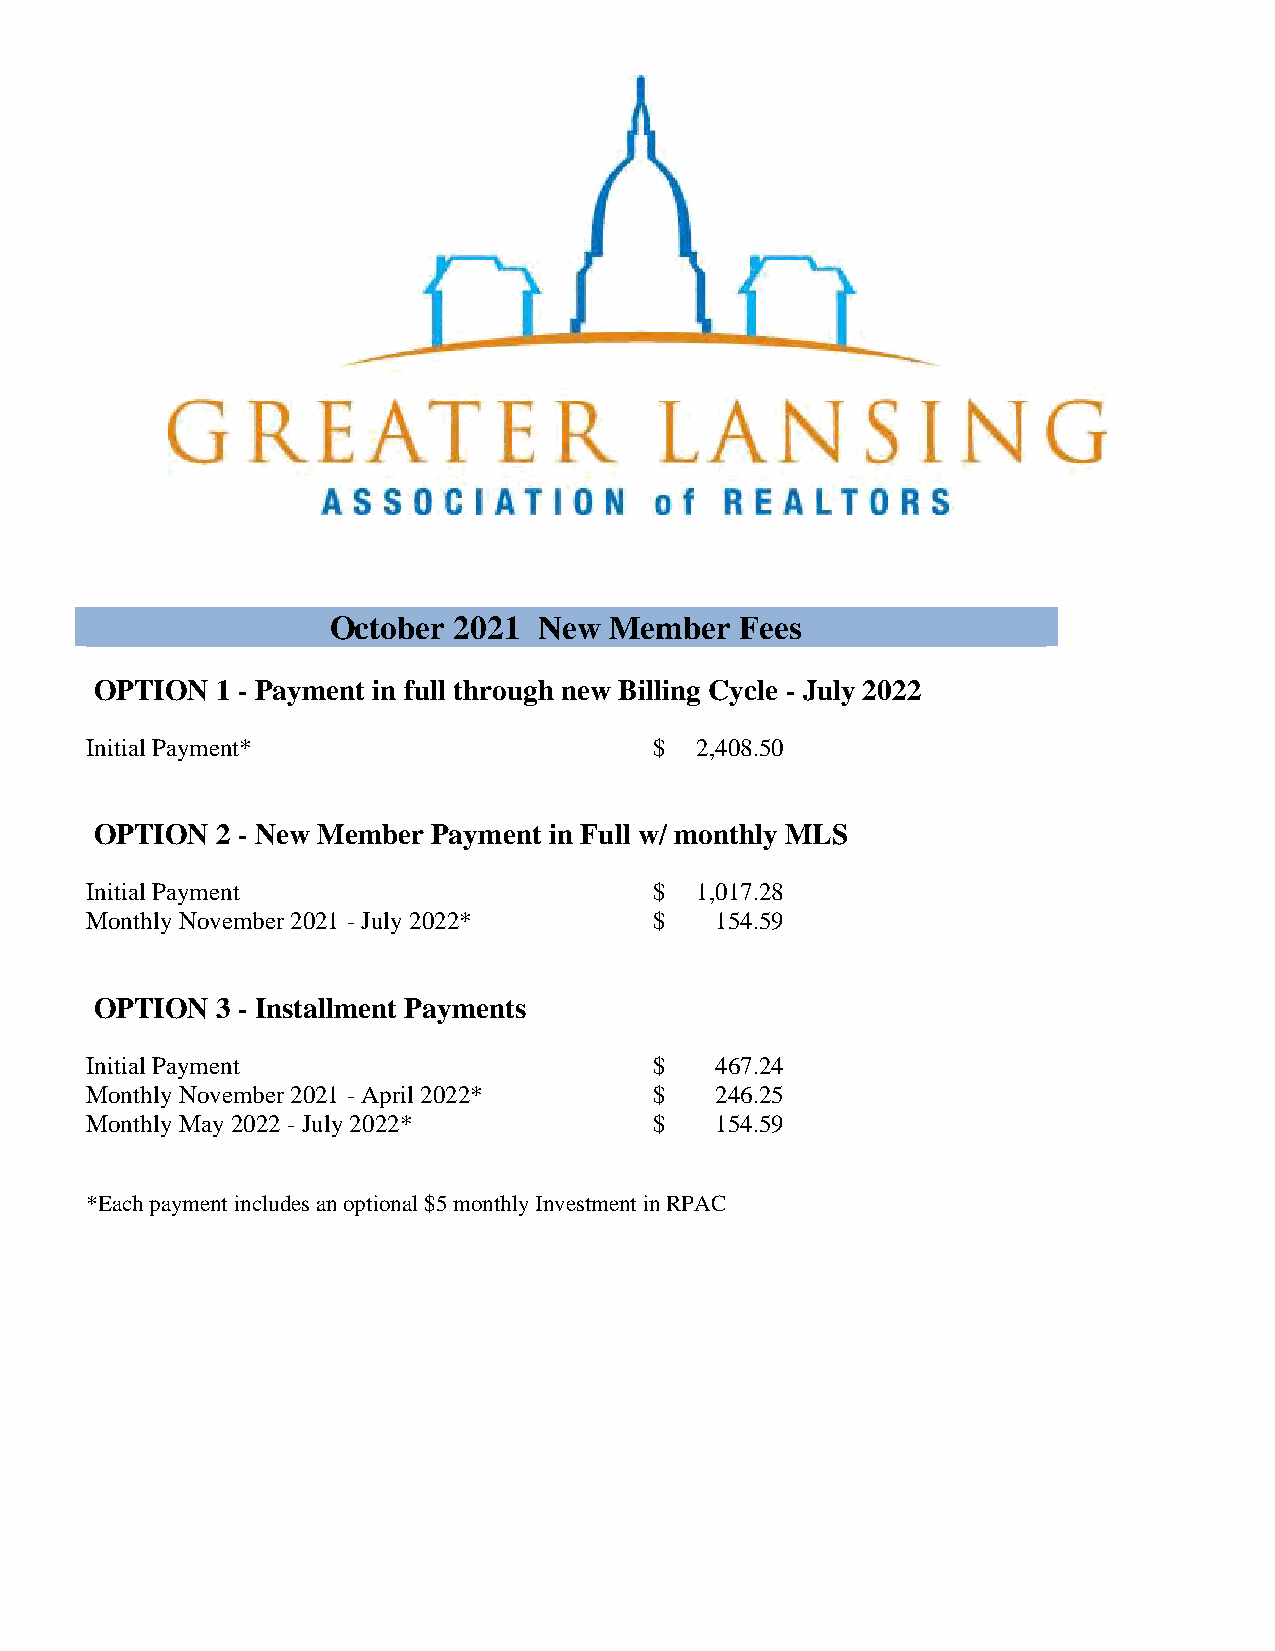
October 2021  New Member   Fees
 OPTION  1 - Payment in full through new Billing Cycle - July 2022
 Initial Payment*                     $  2,408.50
 OPTION  2 - New Member Payment in Full w/ monthly MLS
 Initial Payment                      $  1,017.28
 Monthly November 2021 - July 2022*   $   154.59
 OPTION  3 - Installment Payments
 Initial Payment                      $   467.24
 Monthly November 2021 - April 2022*  $   246.25
 Monthly May 2022 - July 2022*        $   154.59
 *Each payment includes an optional $5 monthly Investment in RPAC